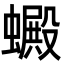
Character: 𧓇